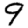
Digit: 9